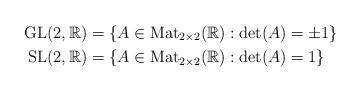
LaTeX: \begin{align*}\mathrm{GL}(2,\mathbb{R})&=\left\{ A\in\mathrm{Mat}_{2\times 2}(\mathbb{R}) : \det(A)=\pm 1\right\}\\\mathrm{SL}(2,\mathbb{R})&=\left\{ A\in\mathrm{Mat}_{2\times 2}(\mathbb{R}) : \det(A)=1\right\}\end{align*}